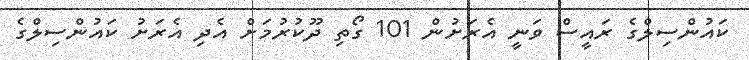
ކައުންސިލްގެ ރައީސް ވަނީ އެރަށުން 101 ގޯތި ދޫކުރުމަށް އެދި އެރަށު ކައުންސިލްގެ